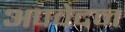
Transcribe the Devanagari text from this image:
अपवेदन